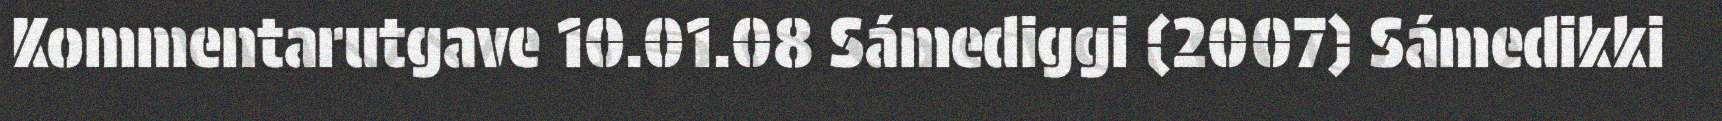
Kommentarutgave 10.01.08 Sámediggi (2007) Sámedikki